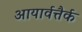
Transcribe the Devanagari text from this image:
आयार्वत्तैर्क